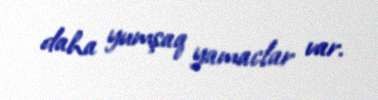
daha yumşaq yamaclar var.